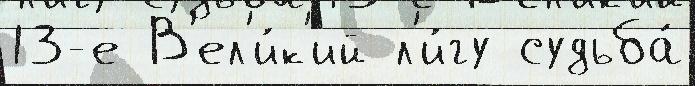
13-е В'ел'и́к'ий л'и́гу судьба́